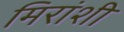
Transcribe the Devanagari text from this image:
मिरांशी